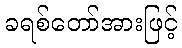
ခရစ်တော်အားဖြင့်